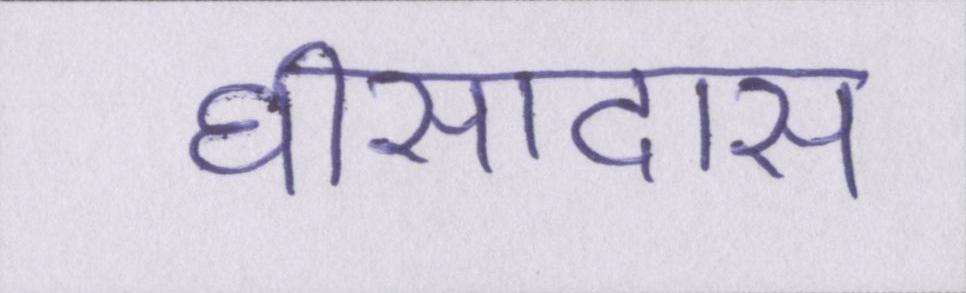
घीसादास